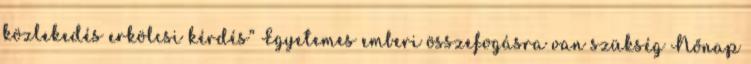
közlekedés erkölcsi kérdés” Egyetemes emberi összefogásra van szükség Nőnap